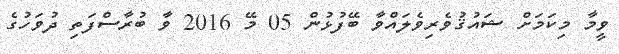
ވީމާ މިކަމަށް ޝައުޤުވެރިވެލައްވާ ބޭފުޅުން 05 މޭ 2016 ވާ ބުރާސްފަތި ދުވަހުގެ